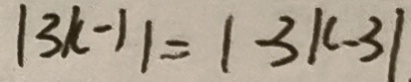
\vert 3 k - 1 \vert = \vert 3 k - 3 \vert